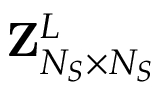
{ \mathbf { Z } } _ { N _ { S } \times N _ { S } } ^ { L }